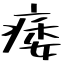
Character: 痿